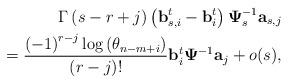
LaTeX: \begin{align*} \Gamma\left(s-r+j\right) \left(\mathbf{b}_{s,i}^t-\mathbf{b}_{i}^t\right)\mathbf{\Psi}_s^{-1}\mathbf{a}_{s,j}\\ = \frac{\left(-1\right)^{r-j}\log\left(\theta_{n-m+i}\right)}{\left(r-j\right)!} \mathbf{b}_i^t\mathbf{\Psi}^{-1}\mathbf{a}_{j} +o(s), \end{align*}